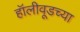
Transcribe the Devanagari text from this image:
हॉलीवूडच्या